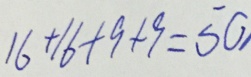
1 6 + 1 6 + 9 + 9 = 5 0 ,